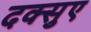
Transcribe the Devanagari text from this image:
दक्सुए